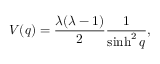
V ( q ) = \frac { \lambda ( \lambda - 1 ) } { 2 } \frac { 1 } { \sinh ^ { 2 } q } ,